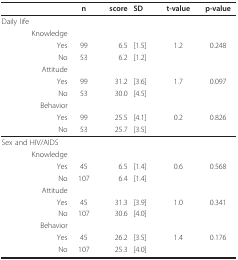
<table><thead><tr><td>[EMPTY_CELL]</td><td><b>n</b></td><td><b>score</b></td><td><b>SD</b></td><td><b>t-value</b></td><td><b>p-value</b></td></tr></thead><tbody><tr><td>Daily life</td><td>[EMPTY_CELL]</td><td>[EMPTY_CELL]</td><td>[EMPTY_CELL]</td><td>[EMPTY_CELL]</td><td>[EMPTY_CELL]</td></tr><tr><td>Knowledge</td><td>[EMPTY_CELL]</td><td>[EMPTY_CELL]</td><td>[EMPTY_CELL]</td><td>[EMPTY_CELL]</td><td>[EMPTY_CELL]</td></tr><tr><td>Yes</td><td>99</td><td>6.5</td><td>[1.5]</td><td>1.2</td><td>0.248</td></tr><tr><td>No</td><td>53</td><td>6.2</td><td>[1.2]</td><td>[EMPTY_CELL]</td><td>[EMPTY_CELL]</td></tr><tr><td>Attitude</td><td>[EMPTY_CELL]</td><td>[EMPTY_CELL]</td><td>[EMPTY_CELL]</td><td>[EMPTY_CELL]</td><td>[EMPTY_CELL]</td></tr><tr><td>Yes</td><td>99</td><td>31.2</td><td>[3.6]</td><td>1.7</td><td>0.097</td></tr><tr><td>No</td><td>53</td><td>30.0</td><td>[4.5]</td><td>[EMPTY_CELL]</td><td>[EMPTY_CELL]</td></tr><tr><td>Behavior</td><td>[EMPTY_CELL]</td><td>[EMPTY_CELL]</td><td>[EMPTY_CELL]</td><td>[EMPTY_CELL]</td><td>[EMPTY_CELL]</td></tr><tr><td>Yes</td><td>99</td><td>25.5</td><td>[4.1]</td><td>0.2</td><td>0.826</td></tr><tr><td>No</td><td>53</td><td>25.7</td><td>[3.5]</td><td>[EMPTY_CELL]</td><td>[EMPTY_CELL]</td></tr><tr><td>Sex and HIV/AIDS</td><td>[EMPTY_CELL]</td><td>[EMPTY_CELL]</td><td>[EMPTY_CELL]</td><td>[EMPTY_CELL]</td><td>[EMPTY_CELL]</td></tr><tr><td>Knowledge</td><td>[EMPTY_CELL]</td><td>[EMPTY_CELL]</td><td>[EMPTY_CELL]</td><td>[EMPTY_CELL]</td><td>[EMPTY_CELL]</td></tr><tr><td>Yes</td><td>45</td><td>6.5</td><td>[1.4]</td><td>0.6</td><td>0.568</td></tr><tr><td>No</td><td>107</td><td>6.4</td><td>[1.4]</td><td>[EMPTY_CELL]</td><td>[EMPTY_CELL]</td></tr><tr><td>Attitude</td><td>[EMPTY_CELL]</td><td>[EMPTY_CELL]</td><td>[EMPTY_CELL]</td><td>[EMPTY_CELL]</td><td>[EMPTY_CELL]</td></tr><tr><td>Yes</td><td>45</td><td>31.3</td><td>[3.9]</td><td>1.0</td><td>0.341</td></tr><tr><td>No</td><td>107</td><td>30.6</td><td>[4.0]</td><td>[EMPTY_CELL]</td><td>[EMPTY_CELL]</td></tr><tr><td>Behavior</td><td>[EMPTY_CELL]</td><td>[EMPTY_CELL]</td><td>[EMPTY_CELL]</td><td>[EMPTY_CELL]</td><td>[EMPTY_CELL]</td></tr><tr><td>Yes</td><td>45</td><td>26.2</td><td>[3.5]</td><td>1.4</td><td>0.176</td></tr><tr><td>No</td><td>107</td><td>25.3</td><td>[4.0]</td><td>[EMPTY_CELL]</td><td>[EMPTY_CELL]</td></tr></tbody></table>